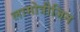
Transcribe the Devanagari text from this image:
लामोत्रीजिन